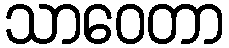
သာဝေတာ